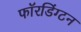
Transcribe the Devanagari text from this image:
फॉरडिंग्टन